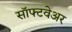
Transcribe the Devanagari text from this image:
साॅफ्टवेअर